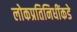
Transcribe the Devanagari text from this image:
लोकप्रतिनिधींकडे